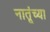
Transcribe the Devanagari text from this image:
नातूंच्या